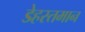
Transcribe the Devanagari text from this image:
डेहस्तमान